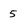
Character: 5